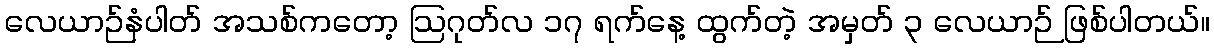
လေယာဉ်နံပါတ် အသစ်ကတော့ ဩဂုတ်လ ၁၇ ရက်နေ့ ထွက်တဲ့ အမှတ် ၃ လေယာဉ် ဖြစ်ပါတယ်။